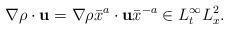
LaTeX: \begin{align*}\nabla\rho\cdot\mathbf{u}=\nabla\rho\bar{x}^a\cdot\mathbf{u}\bar{x}^{-a}\in L^\infty_tL^2_x.\end{align*}